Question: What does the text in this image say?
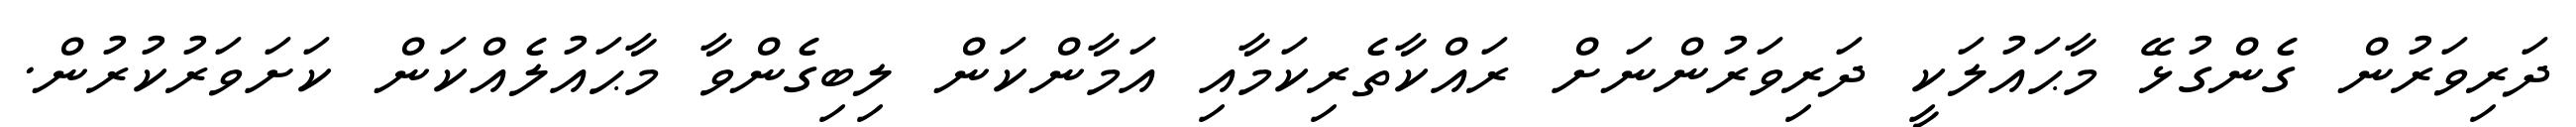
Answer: ދަރިވަރުން ގެންގުޅޭ މާޙައުލަކީ ދަރިވަރުންނަށް ރައްކާތެރިކަމާއި އަމާންކަން ލިބިގެންވާ މާޙައުލެއްކަން ކަށަވަރުކުރުން.